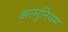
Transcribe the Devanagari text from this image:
अल्मुनियम